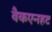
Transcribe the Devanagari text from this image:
वैकएनहट